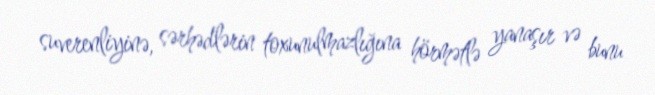
suverenliyinə, sərhədlərin toxunulmazlığına hörmətlə yanaşır və bunu